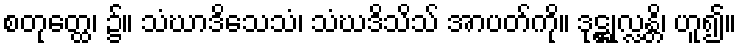
စတုတ္ထေ၊ ၌။ သံဃာဒိသေသံ၊ သံဃဒိသိသ် အာပတ်ကို။ ဒုဋ္ဌုလ္လန္တိ၊ ဟူ၍။